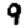
Digit: 9